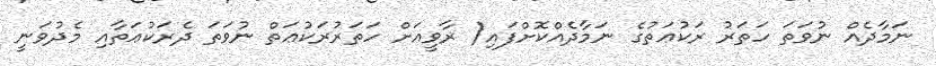
ނަމާދެއް ނުވަތަ ހަތަރު ރަކުޢަތުގެ ނަމާދެއްކޮށްފައި( ރާވީއަށް ހަތަރުރަކުޢަތް ނުވަތަ ދެރަކުޢަތާއި މެދުވަނީ